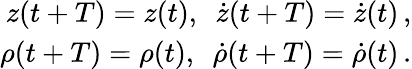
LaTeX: \begin{array}{r}{z(t+T)=z(t),\ \ \dot{z}(t+T)=\dot{z}(t)\, ,}\\ {\rho(t+T)=\rho(t),\ \ \dot{\rho}(t+T)=\dot{\rho}(t)\, .}\end{array}